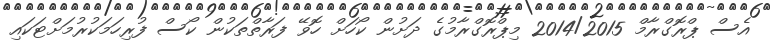
އެސް ޕްރޮގްރާމް 2014/2015 މިޕްރޮގްރާމުގެ ދަށުން ކޯހަށް ހޮވޭ ފަރާތްތަކުން ކޯސް ފުރިހަމަކުރުމަށްޓަކައި